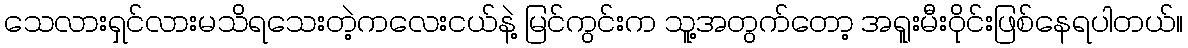
သေလားရှင်လားမသိရသေးတဲ့ကလေးငယ်နဲ့ မြင်ကွင်းက သူ့အတွက်တော့ အရူးမီးဝိုင်းဖြစ်နေရပါတယ်။